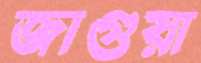
জাগুয়া